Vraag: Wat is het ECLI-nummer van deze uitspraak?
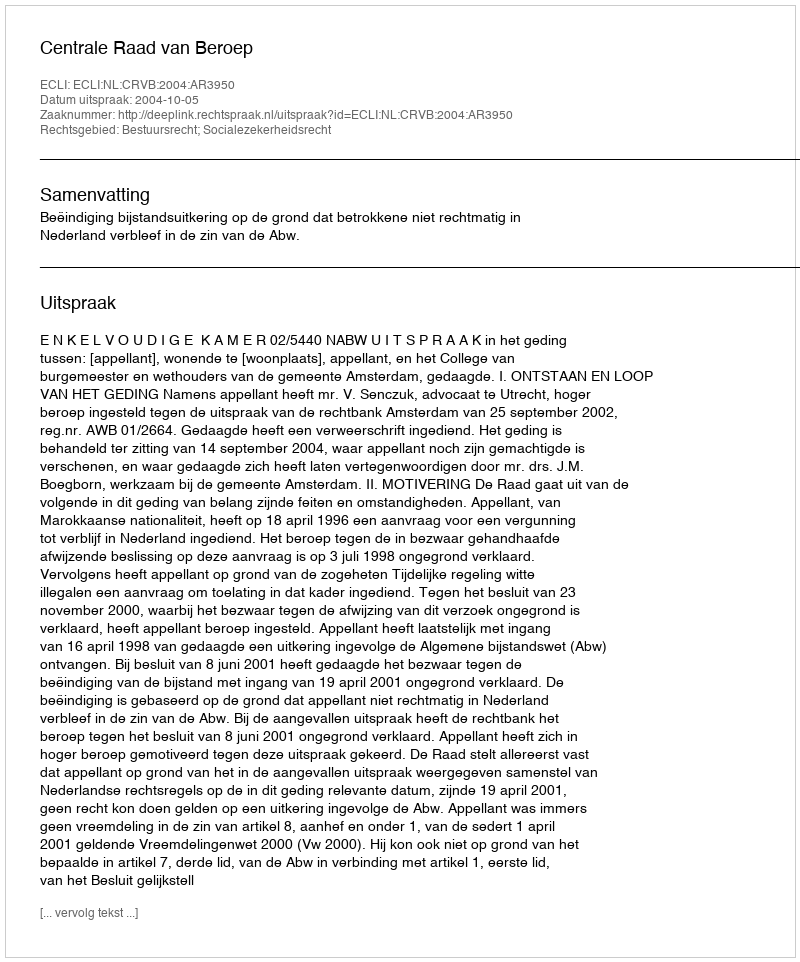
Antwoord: ECLI:NL:CRVB:2004:AR3950